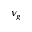
\nu _ { g }